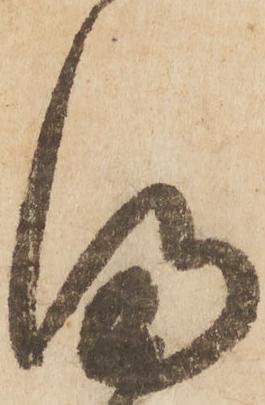
満